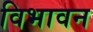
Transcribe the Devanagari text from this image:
विभावन